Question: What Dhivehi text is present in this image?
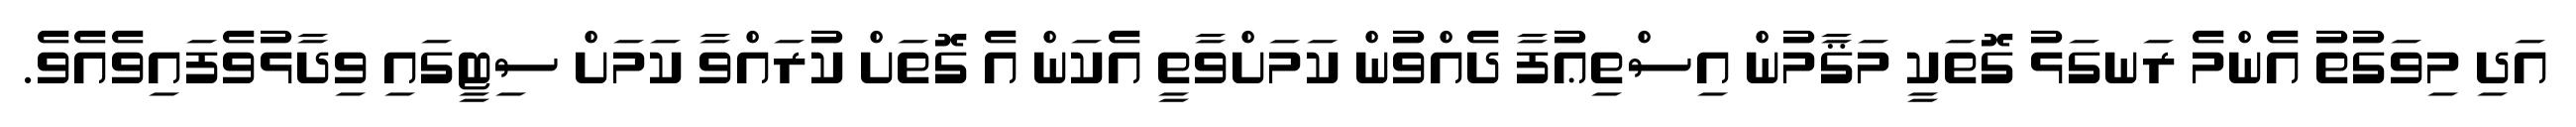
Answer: އަދި މިވަގުތު އެންމެ ރަނގަޅު ގޮތަކީ މަޤާމުން އިސްތިޢުފާ ދެއްވުން ކަމަށްވާތީ އެކަން އެ ގޮތަށް ކުރައްވާ ކަމަށް ސިޓީގައި ވިދާޅުވެފައިވެއެވެ.